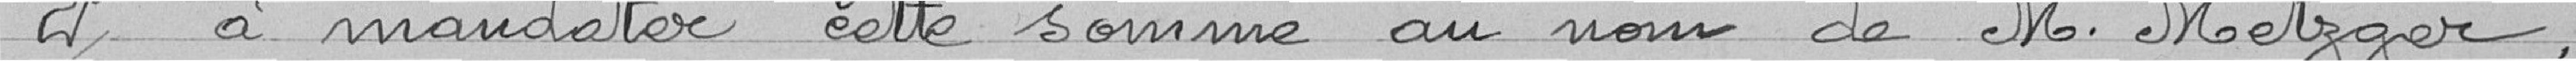
2° à mandater cette somme au nom de M. Metzger,